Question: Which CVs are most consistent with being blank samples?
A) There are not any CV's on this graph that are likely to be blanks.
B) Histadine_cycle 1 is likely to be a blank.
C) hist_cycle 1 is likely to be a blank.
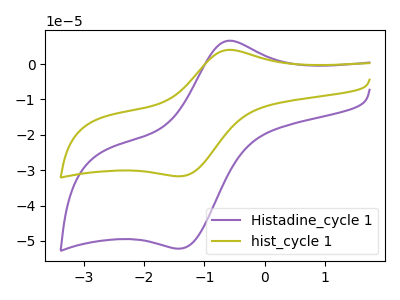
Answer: <think>The purple curve "Histadine_cycle 1" has an anodic peak at (-0.60V, 6.60uA) and a cathodic peak at (-1.40V, -52.15uA). The olive curve "hist_cycle 1" has an anodic peak at (-0.60V, 4.00uA) and a cathodic peak at (-1.40V, -31.70uA).</think>
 <answer>A) There are not any CV's on this graph that are likely to be blanks.</answer>
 <eval>A</eval>